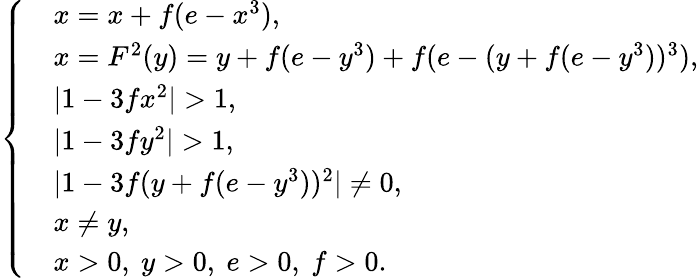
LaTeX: \left\{ \begin{array}{rl}&{x=x+f(e-x^{3}),}\\ &{x=F^{2}(y)=y+f(e-y^{3})+f(e-(y+f(e-y^{3}))^{3}),}\\ &{|1-3fx^{2}|>1,}\\ &{|1-3fy^{2}|>1,}\\ &{|1-3f(y+f(e-y^{3}))^{2}|\neq 0,}\\ &{x\neq y,}\\ &{x>0,~y>0,~e>0,~f>0.}\end{array}\right.